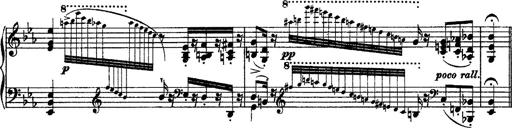
Title: Grandes Ã©tudes de Paganini
Composer: Franz Liszt